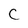
Character: C